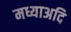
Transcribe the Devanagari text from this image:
मध्याअदि